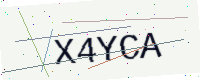
Text: X4YCA